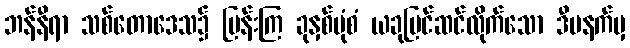
ဘန်နီရာ သစ်တောဒေသ၌ မြန်းကြ ခုနှစ်ပုံစံ ယခုပြင်ဆင်လိုက်သော ဒီမနက်မှ